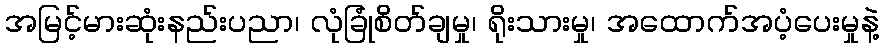
အမြင့်မားဆုံးနည်းပညာ၊ လုံခြုံစိတ်ချမှု၊ ရိုးသားမှု၊ အထောက်အပံ့ပေးမှုနဲ့